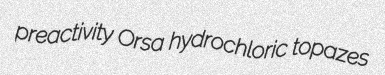
preactivity Orsa hydrochloric topazes